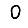
Digit: 0